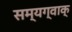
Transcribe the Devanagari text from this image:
सम्यग्वाक्